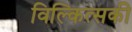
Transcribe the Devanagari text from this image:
विल्कित्सकी